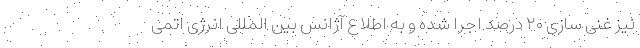
نیز غنی سازی ۲۰ درصد اجرا شده و به اطلاع آژانس بین المللی انرژی اتمی